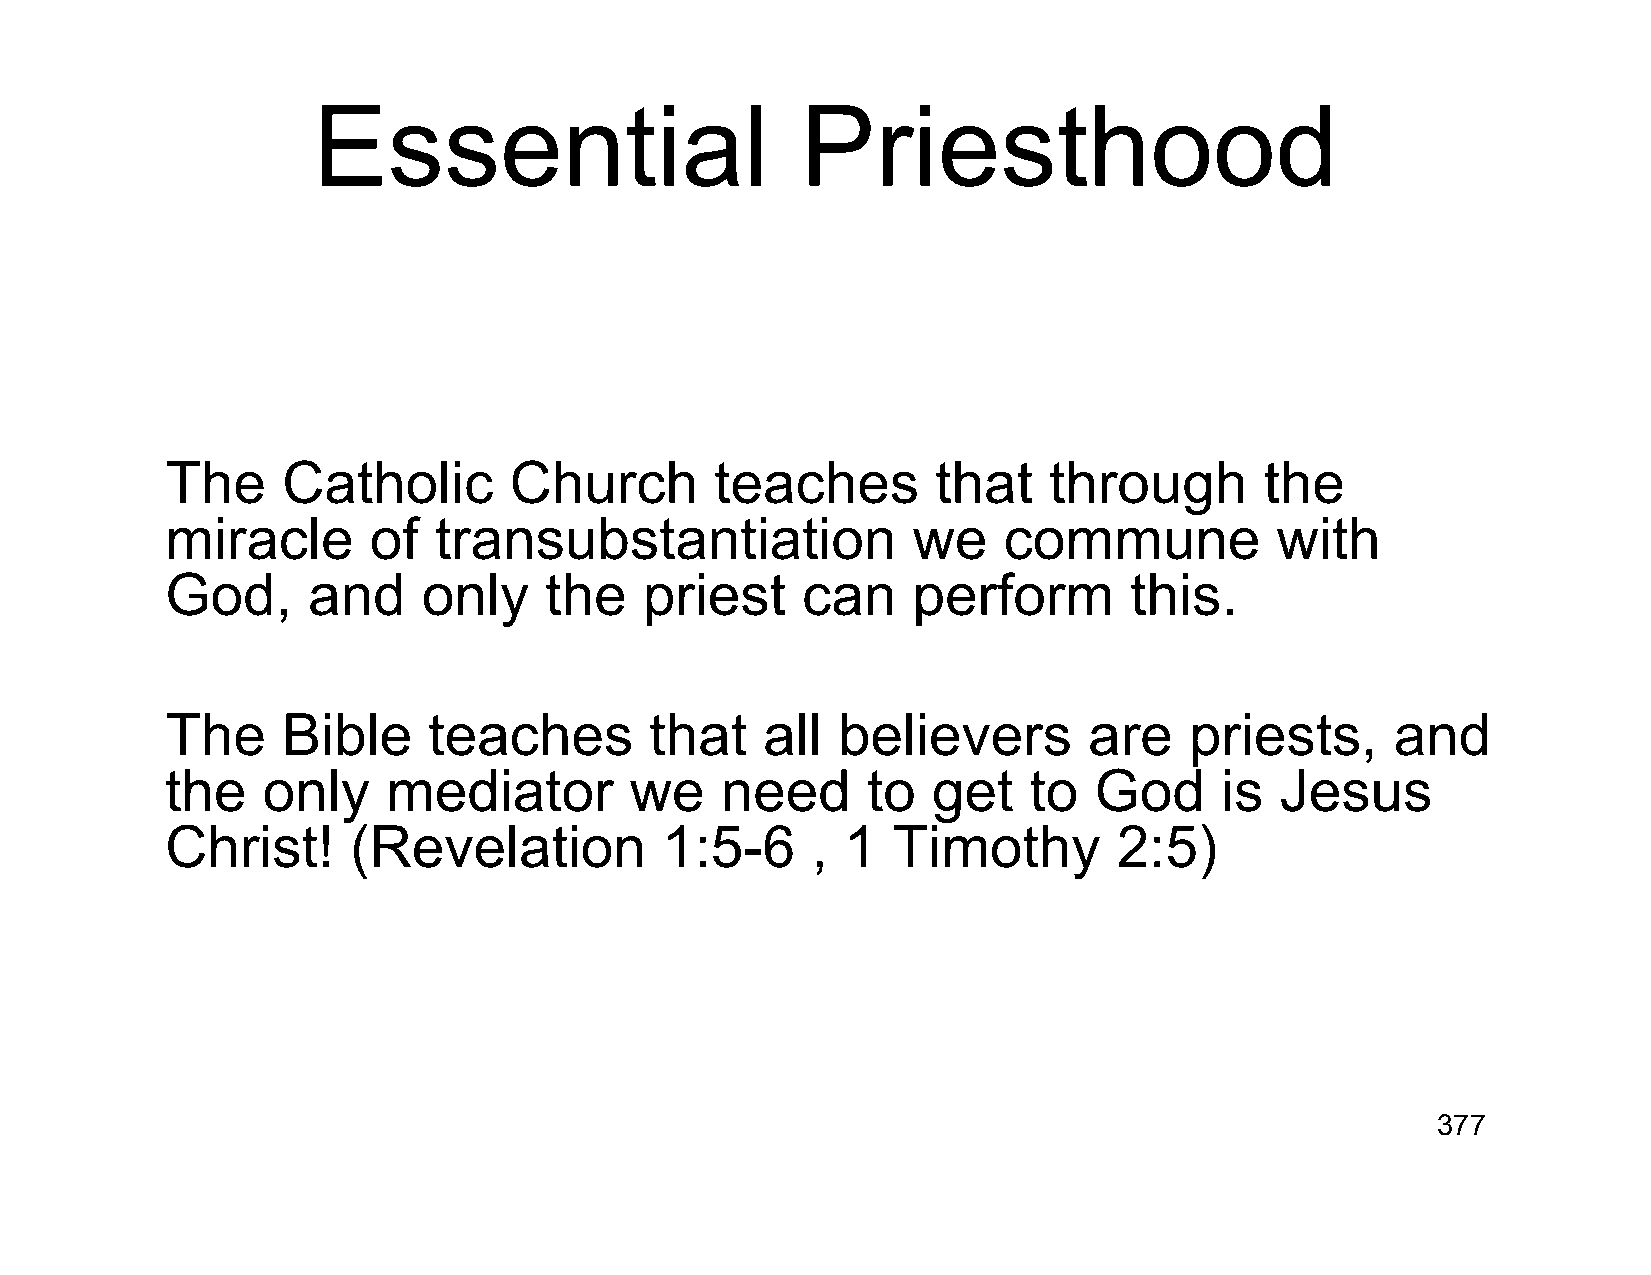
Essential                       Priesthood
 The     Catholic       Church       teaches        that   through        the
 miracle      of   transubstantiation             we    commune           with
 God,     and     only    the    priest    can    perform        this.
 The     Bible    teaches        that    all believers        are    priests,     and
 the   only     mediator        we    need     to   get   to  God      is  Jesus
 Christ!     (Revelation          1:5-6     , 1  Timothy        2:5)
 377